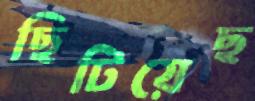
ছিটিয়েছ